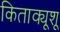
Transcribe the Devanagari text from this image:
किताक्यूशू